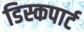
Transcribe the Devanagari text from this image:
डिस्कपार्ट